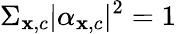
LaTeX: \Sigma_{\mathbf{x},c}|\alpha_{\mathbf{x},c}|^{2}=1